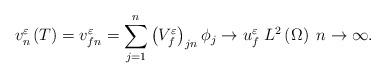
LaTeX: \begin{align*}v_{n}^{\varepsilon}\left(T\right)=v_{fn}^{\varepsilon}=\sum_{j=1}^{n}\left(V_{f}^{\varepsilon}\right)_{jn}\phi_{j}\to u_{f}^{\varepsilon}\;L^{2}\left(\Omega\right)\;n\to \infty.\end{align*}